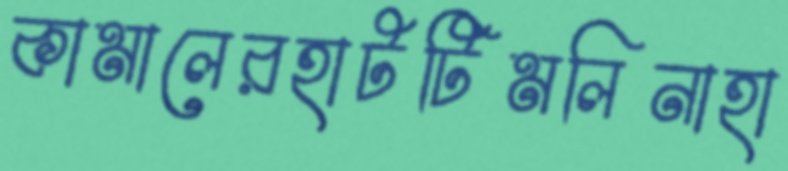
কামালেরহাটটিমলিনাহা